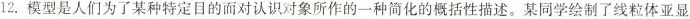
12.模型是人们为了某种特定目的而对认识对象所作的一种简化的概括性描述。某同学绘制了线粒体亚显